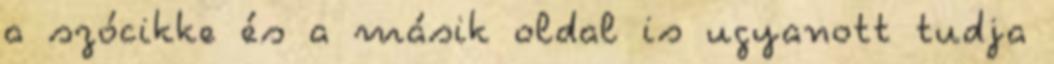
a szócikke és a másik oldal is ugyanott tudja